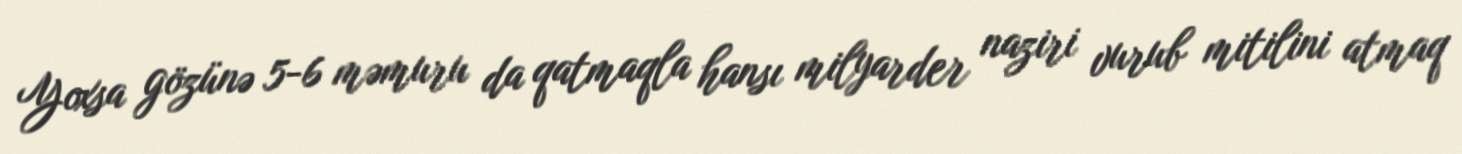
Yoxsa gözünə 5-6 məmuru da qatmaqla hansı milyarder naziri vurub mitilini atmaq